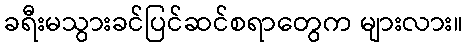
ခရီးမသွားခင်ပြင်ဆင်စရာတွေက များလား။